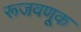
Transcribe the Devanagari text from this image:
रूजवणूक